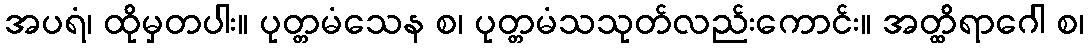
အပရံ၊ ထိုမှတပါး။ ပုတ္တမံသေန စ၊ ပုတ္တမံသသုတ်လည်းကောင်း။ အတ္ထိရာဂေါ စ၊